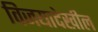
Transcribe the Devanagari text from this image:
विजयादेखील